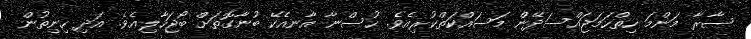
ސާރާ މަންމަ ހިތްހަމަޖައްސަދޭން މަސައްކަތްކުރިއެވެ. ހުސްނާ އާނއެކޭ ބުނާގޮތަށް ބޯޖަހާލިއެވެ. އަދި ހިނިތުން